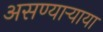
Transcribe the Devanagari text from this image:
असण्यार्‍याया